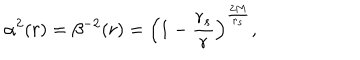
\alpha ^ { 2 } ( r ) = \beta ^ { - 2 } ( r ) = \left( 1 - { \frac { r _ { s } } { r } } \right) ^ { \frac { 2 M } { r _ { s } } } ,